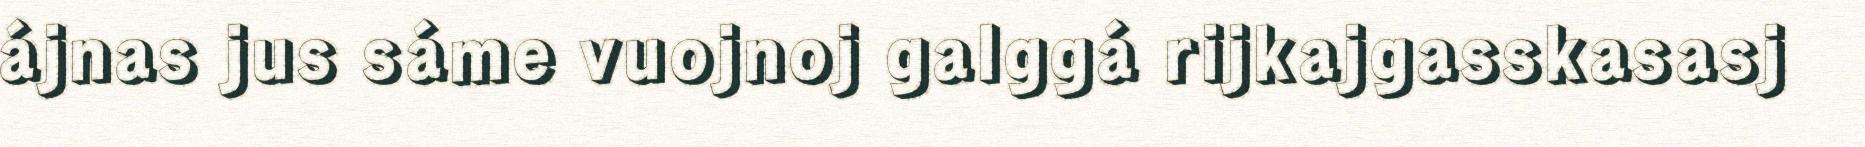
ájnas jus sáme vuojnoj galggá rijkajgasskasasj